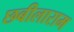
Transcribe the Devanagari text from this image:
छबीलाराम